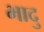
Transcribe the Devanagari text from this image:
भादु